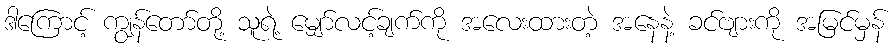
ဒါကြောင့် ကျွန်တော်တို့ သူရဲ့ မျှော်လင့်ချက်ကို အလေးထားတဲ့ အနေနဲ့ ခင်ဗျားကို အမြင်မှန်